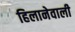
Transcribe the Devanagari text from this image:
हिलानेवाली